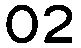
02